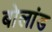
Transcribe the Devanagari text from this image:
बोलांड